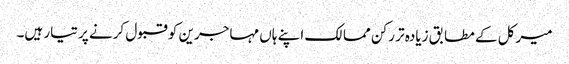
میرکل کے مطابق زیادہ تر رکن ممالک اپنے ہاں مہاجرین کو قبول کرنے پر تیار ہیں۔